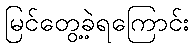
မြင်တွေ့ခဲ့ရကြောင်း